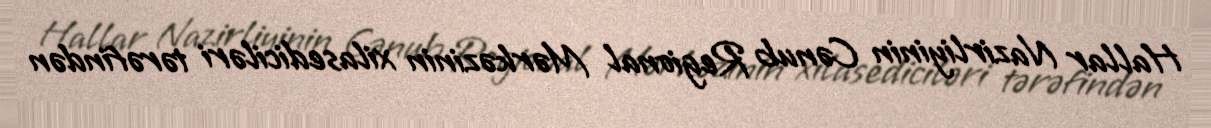
Hallar Nazirliyinin Cənub Regional Mərkəzinin xilasediciləri tərəfindən